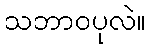
သဘာဝပုလဲ။